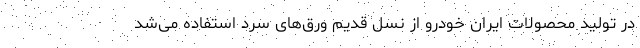
در تولید محصولات ایران خودرو از نسل قدیم ورق‌های سرد استفاده می‌شد